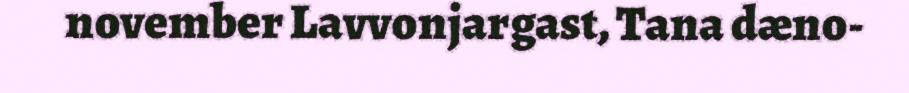
november Lavvonjargast, Tana dæno-